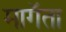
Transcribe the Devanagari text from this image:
मागॅता